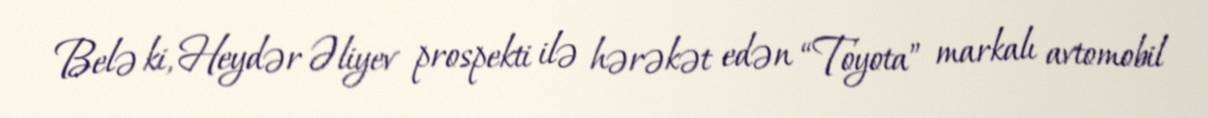
Belə ki, Heydər Əliyev prospekti ilə hərəkət edən “Toyota” markalı avtomobil